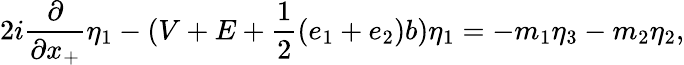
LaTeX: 2i\frac{\partial}{\partial x_{+}}{\eta}_{1}-(V+E+\frac{1}{2}(e_{1}+e_{2})b){\eta}_{1}=-m_{1}{\eta}_{3}-m_{2}{\eta}_{2},